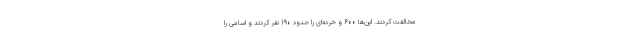
مخالفت کردند. این‌ها ۶۰۰ و خرده‌ای را حدود ۱۹۰ نفر کردند و اسامی را